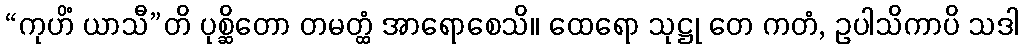
“ကုဟိံ ယာသီ”တိ ပုစ္ဆိတော တမတ္ထံ အာရောစေသိ။ ထေရော သုဋ္ဌု တေ ကတံ, ဥပါသိကာပိ သဒါ